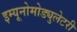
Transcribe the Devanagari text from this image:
इम्यूनोमोड्युलेटरी